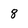
Character: 8